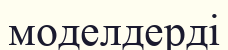
моделдерді